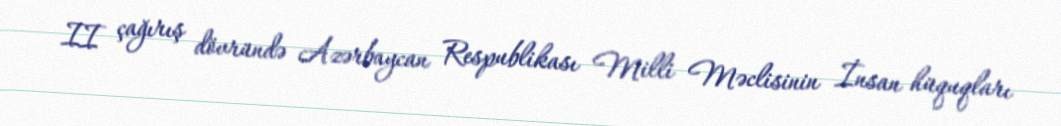
II çağırış dövründə Azərbaycan Respublikası Milli Məclisinin İnsan hüquqları